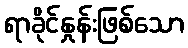
ရာခိုင်နှုန်းဖြစ်သော